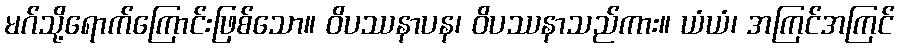
မဂ်သို့ရောက်ကြောင်းဖြစ်သော။ ဝိပဿနာပန၊ ဝိပဿနာသည်ကား။ ယံယံ၊ အကြင်အကြင်